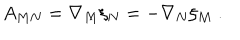
LaTeX: A _ { M N } = \nabla _ { M } \xi _ { N } = - \nabla _ { N } \xi _ { M } ~ .